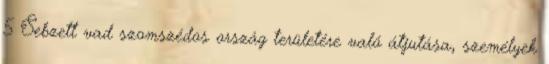
5 Sebzett vad szomszédos ország területére való átjutása, személyek